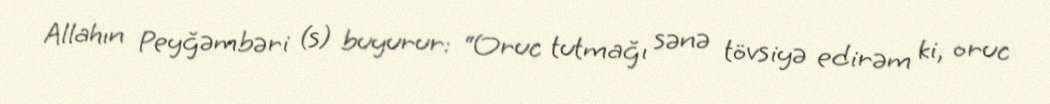
Allahın Peyğəmbəri (s) buyurur: “Oruc tutmağı sənə tövsiyə edirəm ki, oruc